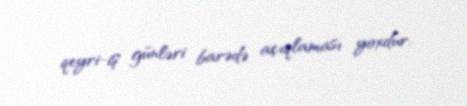
qeyri-iş günləri barədə açıqlaması yoxdur.